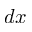
d x